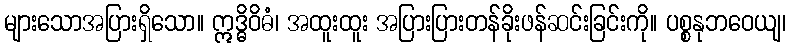
များသောအပြားရှိသော။ ဣဒ္ဓိဝိဓံ၊ အထူးထူး အပြားပြားတန်ခိုးဖန်ဆင်းခြင်းကို။ ပစ္စနုဘဝေယျ၊